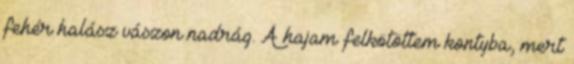
fehér halász vászon nadrág. A hajam felkötöttem kontyba, mert